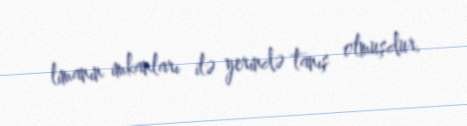
limanın imkanları ilə yerində tanış olmuşdur.